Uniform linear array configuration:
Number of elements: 48
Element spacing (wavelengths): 0.75
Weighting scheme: blackman
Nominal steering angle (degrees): -60
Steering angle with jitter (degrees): -61.516
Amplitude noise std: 0.05
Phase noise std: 0.05

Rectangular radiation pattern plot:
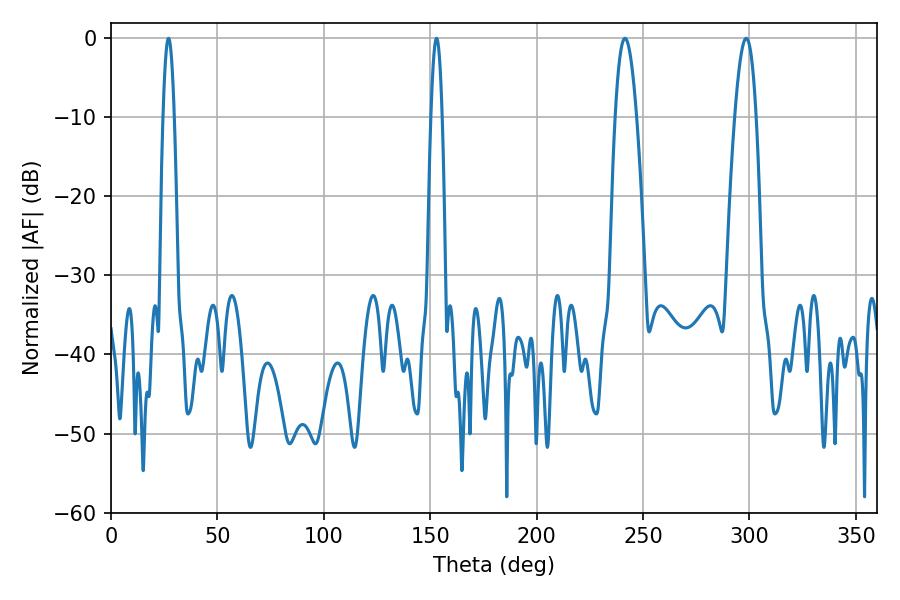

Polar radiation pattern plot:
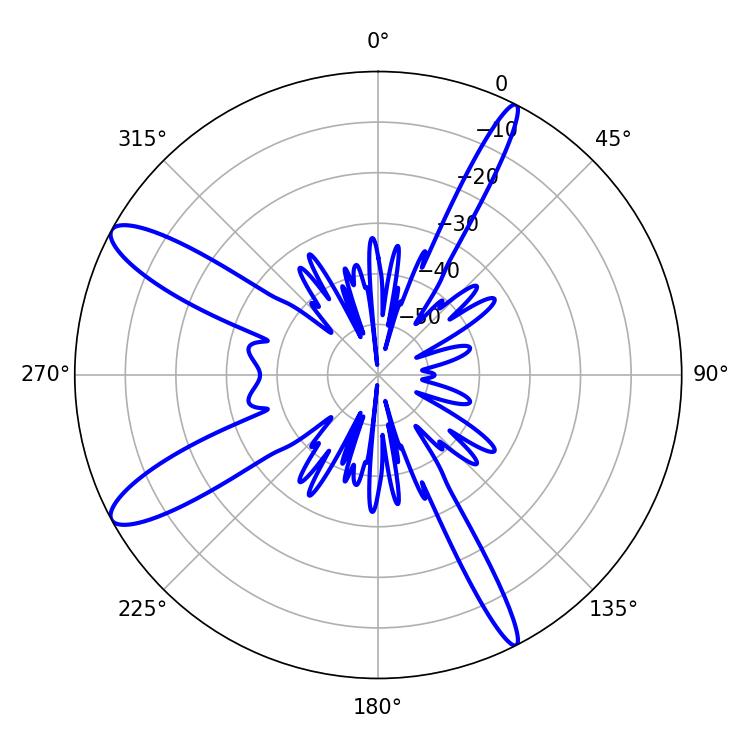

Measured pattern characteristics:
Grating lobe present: TRUE
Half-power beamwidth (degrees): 5.58
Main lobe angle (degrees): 241.56